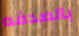
بالصدفه